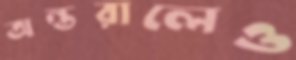
অন্তরালেও